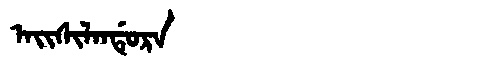
Manchu: ᠠᡳᠰᡳᠯᠠᠨᡩᡠᡵᠠ
Romanization: AISILANDURA